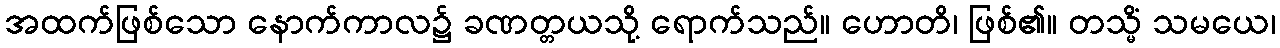
အထက်ဖြစ်သော နောက်ကာလ၌ ခဏတ္တယသို့ ရောက်သည်။ ဟောတိ၊ ဖြစ်၏။ တသ္မိံ သမယေ၊